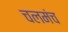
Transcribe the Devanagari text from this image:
चलमंच